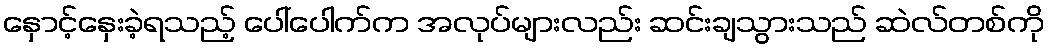
နှောင့်နှေးခဲ့ရသည့် ပေါ်ပေါက်က အလုပ်များလည်း ဆင်းချသွားသည် ဆဲလ်တစ်ကို